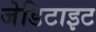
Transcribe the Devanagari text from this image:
जेडिटाइट